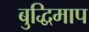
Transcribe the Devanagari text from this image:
बुद्धिमाप